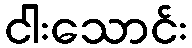
ငါးသောင်း